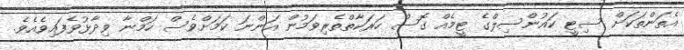
އެތަންތަކަށް ސިޓީ ކައުންސިލްގެ ޓީމެއް ގޮސް ހަރަކާތްތެރިވަމުން އަންނަ ކަމަށްވެސް ހަމްނާ ވިދާޅުވެފައިވެއެވެ.